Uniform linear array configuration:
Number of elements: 16
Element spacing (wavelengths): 0.5
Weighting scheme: binomial
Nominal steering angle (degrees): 15
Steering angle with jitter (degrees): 15.723
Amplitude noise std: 0.05
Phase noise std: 0.05

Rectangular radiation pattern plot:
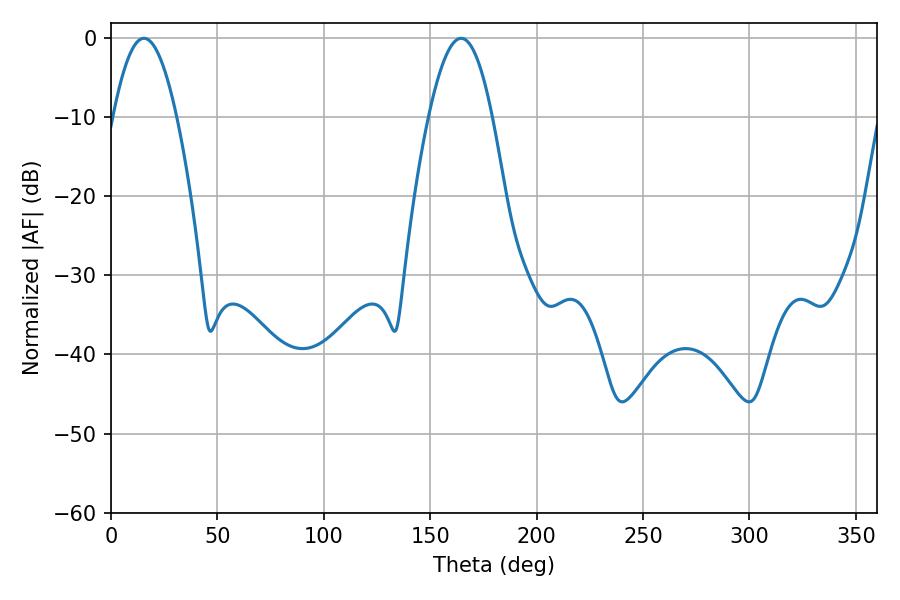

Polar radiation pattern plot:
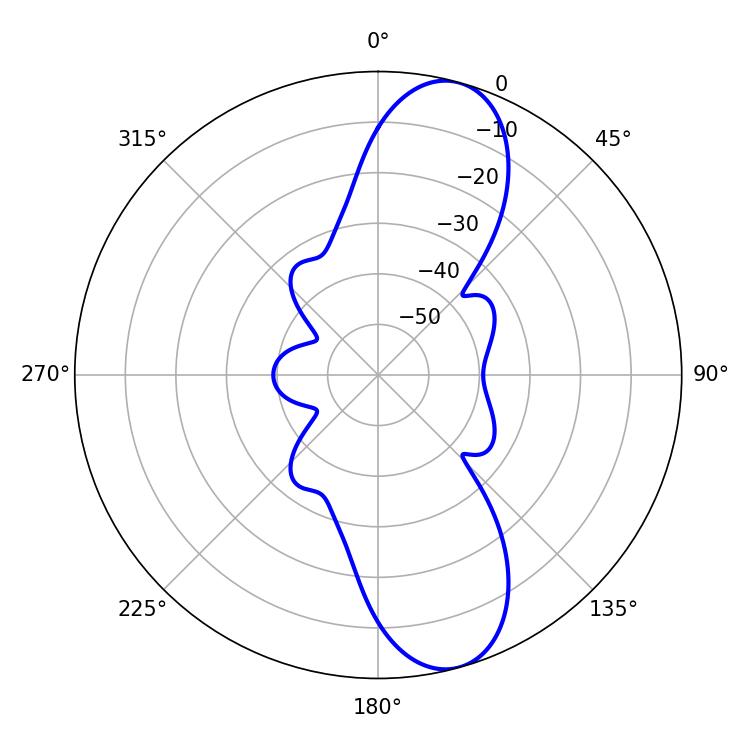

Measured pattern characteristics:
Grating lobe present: FALSE
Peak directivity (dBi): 10.85
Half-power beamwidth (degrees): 16.2
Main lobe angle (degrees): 15.48